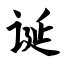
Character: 诞